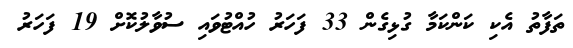
ތަފާތު އެކި ކަންކަމާ ގުޅިގެން 33 ފަހަރު ހުއްޓުވައި ސުވާލުކޮށް 19 ފަހަރު